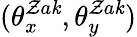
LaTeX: (\theta_{x}^{\mathcal{Z}a\mathit{k}},\theta_{y}^{\mathcal{Z}a\mathit{k}})